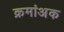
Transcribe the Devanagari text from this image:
क्रमांअक